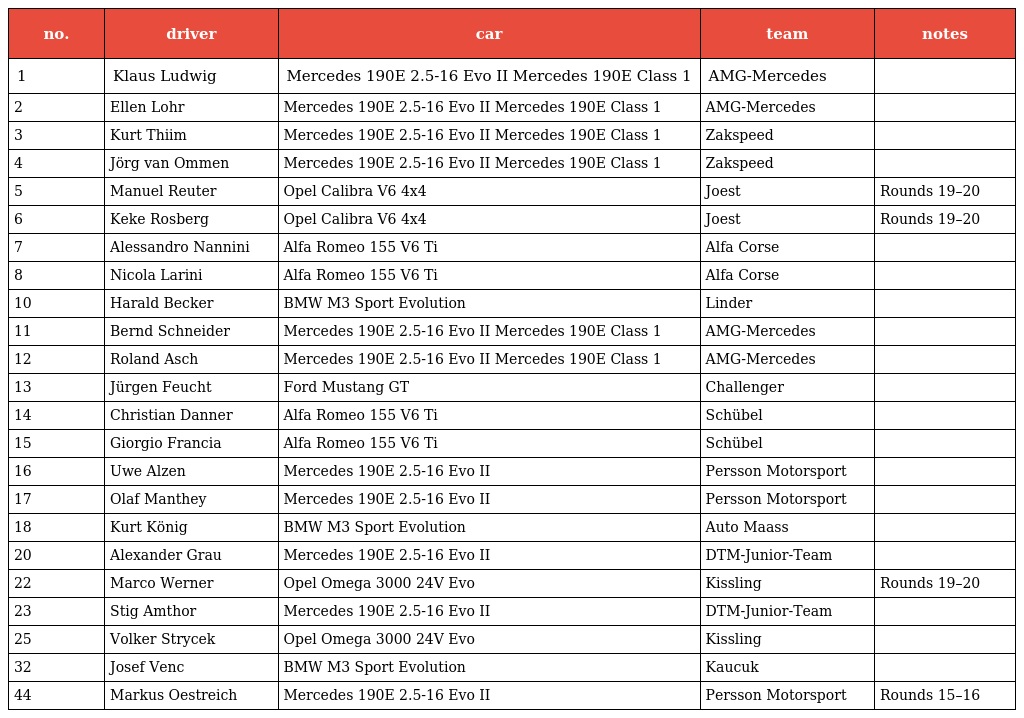
| no. | driver | car | team | notes |
 | --- | --- | --- | --- | --- |
 | 1 | Klaus Ludwig | Mercedes 190E 2.5-16 Evo II Mercedes 190E Class 1 | AMG-Mercedes |  |
 | 2 | Ellen Lohr | Mercedes 190E 2.5-16 Evo II Mercedes 190E Class 1 | AMG-Mercedes |  |
 | 3 | Kurt Thiim | Mercedes 190E 2.5-16 Evo II Mercedes 190E Class 1 | Zakspeed |  |
 | 4 | Jörg van Ommen | Mercedes 190E 2.5-16 Evo II Mercedes 190E Class 1 | Zakspeed |  |
 | 5 | Manuel Reuter | Opel Calibra V6 4x4 | Joest | Rounds 19–20 |
 | 6 | Keke Rosberg | Opel Calibra V6 4x4 | Joest | Rounds 19–20 |
 | 7 | Alessandro Nannini | Alfa Romeo 155 V6 Ti | Alfa Corse |  |
 | 8 | Nicola Larini | Alfa Romeo 155 V6 Ti | Alfa Corse |  |
 | 10 | Harald Becker | BMW M3 Sport Evolution | Linder |  |
 | 11 | Bernd Schneider | Mercedes 190E 2.5-16 Evo II Mercedes 190E Class 1 | AMG-Mercedes |  |
 | 12 | Roland Asch | Mercedes 190E 2.5-16 Evo II Mercedes 190E Class 1 | AMG-Mercedes |  |
 | 13 | Jürgen Feucht | Ford Mustang GT | Challenger |  |
 | 14 | Christian Danner | Alfa Romeo 155 V6 Ti | Schübel |  |
 | 15 | Giorgio Francia | Alfa Romeo 155 V6 Ti | Schübel |  |
 | 16 | Uwe Alzen | Mercedes 190E 2.5-16 Evo II | Persson Motorsport |  |
 | 17 | Olaf Manthey | Mercedes 190E 2.5-16 Evo II | Persson Motorsport |  |
 | 18 | Kurt König | BMW M3 Sport Evolution | Auto Maass |  |
 | 20 | Alexander Grau | Mercedes 190E 2.5-16 Evo II | DTM-Junior-Team |  |
 | 22 | Marco Werner | Opel Omega 3000 24V Evo | Kissling | Rounds 19–20 |
 | 23 | Stig Amthor | Mercedes 190E 2.5-16 Evo II | DTM-Junior-Team |  |
 | 25 | Volker Strycek | Opel Omega 3000 24V Evo | Kissling |  |
 | 32 | Josef Venc | BMW M3 Sport Evolution | Kaucuk |  |
 | 44 | Markus Oestreich | Mercedes 190E 2.5-16 Evo II | Persson Motorsport | Rounds 15–16 |